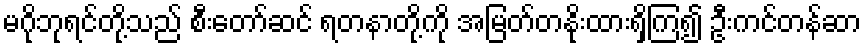
မဂိုဘုရင်တို့သည် စီးတော်ဆင် ရတနာတို့ကို အမြတ်တနိုးထားရှိကြ၍ ဦးကင်တန်ဆာ